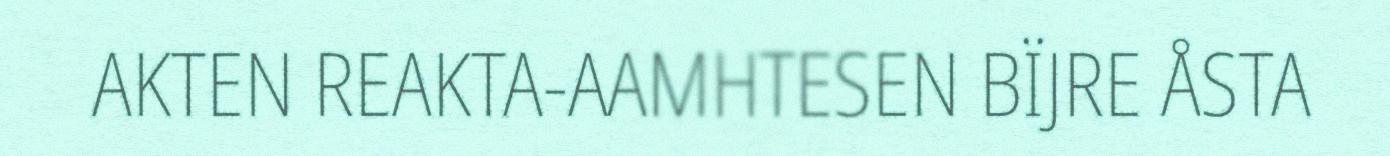
AKTEN REAKTA-AAMHTESEN BÏJRE ÅSTA